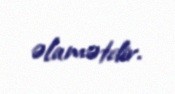
əlamətdir.